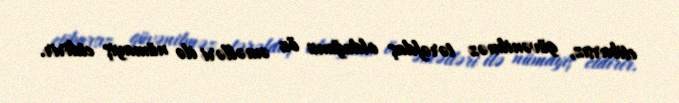
etibarsız, güvənilməz tərəfdaş olduğunu öz əməlləri ilə nümayiş etdirir.